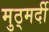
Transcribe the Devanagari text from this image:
मुठ्मर्दी